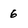
Character: 6